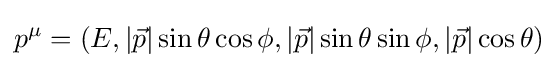
p^{\mu }=\left(E,\left|{\vec {p}}\right|\sin {\theta }\cos {\phi },\left|{\vec {p}}\right|\sin {\theta }\sin {\phi },\left|{\vec {p}}\right|\cos {\theta }\right)